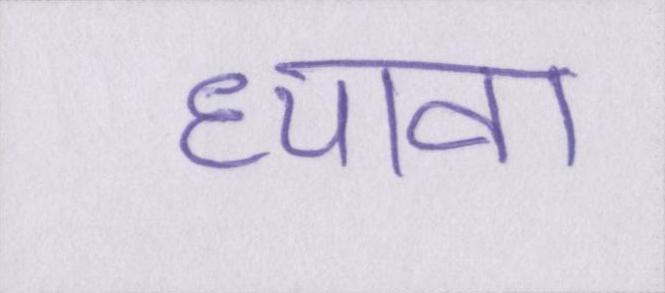
ध्यावा